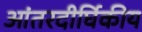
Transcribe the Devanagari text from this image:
आंतरदीर्घिकीय